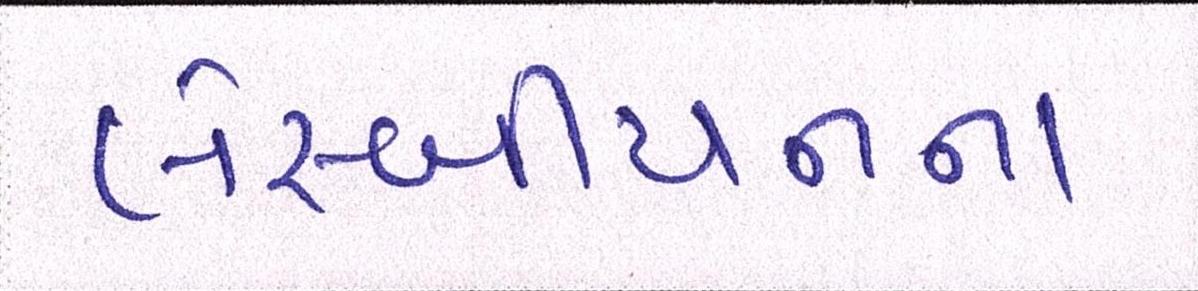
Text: લેસ્બીયનના